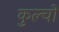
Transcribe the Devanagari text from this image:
कुल्चों